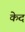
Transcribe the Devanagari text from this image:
केद